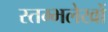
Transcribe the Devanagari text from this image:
स्तम्भलेखों